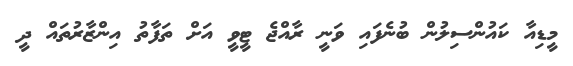
މީޑިއާ ކައުންސިލުން ބުނެފައި ވަނީ ރާއްޖެ ޓީވީ އަށް ތަފާތު އިންޒާރުތައް ދީ